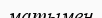
матымен